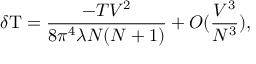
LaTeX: \delta \mathrm { T } = \frac { - T V ^ { 2 } } { 8 \pi ^ { 4 } \lambda N ( N + 1 ) } + { \cal O } ( \frac { V ^ { 3 } } { N ^ { 3 } } ) ,